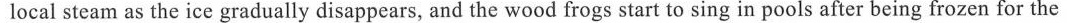
local steam as the ice gradually disappears, and the wood frogs start to sing in pools after being frozen for the